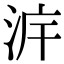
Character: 𣴔